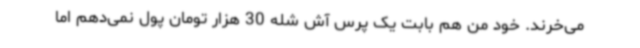
می‌خرند. خود من هم بابت یک پرس آش شله 30 هزار تومان پول نمی‌دهم اما